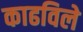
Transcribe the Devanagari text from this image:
काढविले